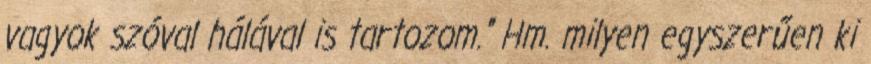
vagyok szóval hálával is tartozom." Hm. milyen egyszerűen ki